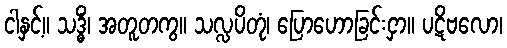
ငါနှင့်။ သဒ္ဓိံ၊ အတူတကွ။ သလ္လပိတုံ၊ ပြောဟောခြင်းငှာ။ ပဋိဗလော၊